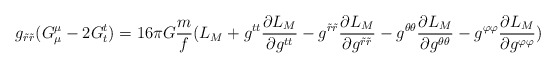
\begin{align*}g_{\tilde{r}\tilde{r}}(G^{\mu}_{\mu}-2G^{t}_{t})=16\pi G\frac{m}{f}(L_M+g^{tt}\frac{\partial L_M}{\partial g^{tt}}-g^{\tilde{r}\tilde{r}}\frac{\partial L_M}{\partial g^{\tilde{r}\tilde{r}}}-g^{\theta\theta}\frac{\partial L_M}{\partial g^{\theta\theta}}-g^{\varphi\varphi}\frac{\partial L_M}{\partial g^{\varphi\varphi}})\end{align*}